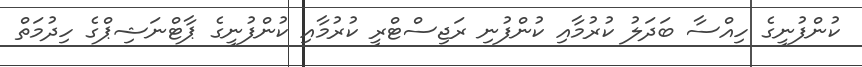
ކުންފުނީގެ ހިއްސާ ބަދަލު ކުރުމާއި ކުންފުނި ރަޖިސްޓްރީ ކުރުމާއި ކުންފުނީގެ ޕާޓްނަޝިޕްގެ ހިދުމަތް